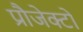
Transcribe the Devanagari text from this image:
प्रौजेक्टों